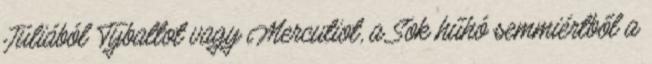
Júliából Tybaltot vagy Mercutiot, a Sok hűhó semmiértből a